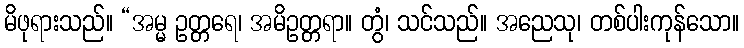
မိဖုရားသည်။ “အမ္မ ဥတ္တရေ၊ အမိဥတ္တရာ။ တွံ၊ သင်သည်။ အညေသု၊ တစ်ပါးကုန်သော။